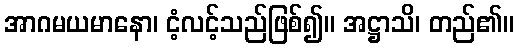
အာဂမယမာနော၊ ငံ့လင့်သည်ဖြစ်၍။ အဋ္ဌာသိ၊ တည်၏။